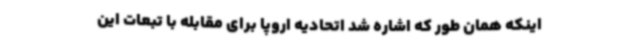
اینکه همان طور که اشاره شد اتحادیه اروپا برای مقابله با تبعات این